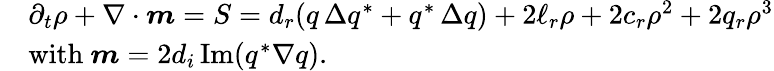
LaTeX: {\begin{array}{rl}&{\partial_{t}\rho+\nabla\cdot{\boldsymbol{m}}=S=d_{r}(q\, \Delta q^{\ast}+q^{\ast}\, \Delta q)+2\ell_{r}\rho+2c_{r}\rho^{2}+2q_{r}\rho^{3}}\\ &{{\mathrm{with~}}{\boldsymbol{m}}=2d_{i}\operatorname{Im}(q^{\ast}\nabla q).}\end{array}}